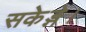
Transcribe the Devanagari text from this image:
सकेङ्गे।